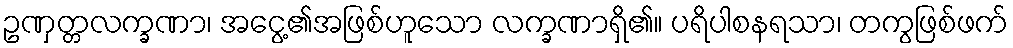
ဥဏှတ္တလက္ခဏာ၊ အငွေ့၏အဖြစ်ဟူသော လက္ခဏာရှိ၏။ ပရိပါစနရသာ၊ တကွဖြစ်ဖက်